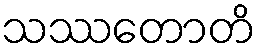
သဿတောတိ